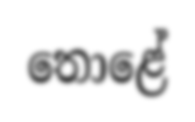
තොළේ